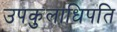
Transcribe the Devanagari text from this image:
उपकुलाधिपति